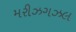
મરીઝગઝલ